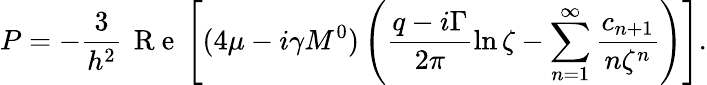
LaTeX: P=-\frac{3}{h^{2}}\, \mathrm{~R~e~}\left[(4\mu-i\gamma M^{0})\left(\frac{q-i\Gamma}{2\pi}\ln\zeta-\sum_{n=1}^{\infty}\frac{c_{n+1}}{n\zeta^{n}}\right)\right].